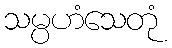
သမ္ပဟံသေတုံ